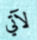
لآتي